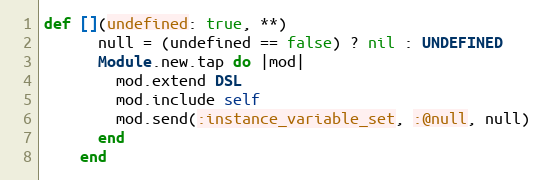
Language: Ruby
def [](undefined: true, **)
      null = (undefined == false) ? nil : UNDEFINED
      Module.new.tap do |mod|
        mod.extend DSL
        mod.include self
        mod.send(:instance_variable_set, :@null, null)
      end
    end